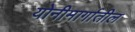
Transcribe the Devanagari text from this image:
योनीमार्गातील